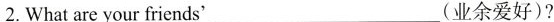
2.What are your friends'___(业余爱好)?